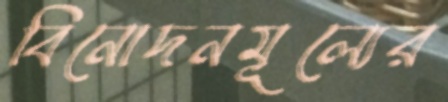
বিনোদনমূল্যের